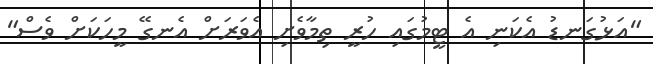
"އަޅުގަނޑު އެކަނި އެ ޓީމުގައި ހުރީ ތިމާވެށި އެވަރަށް އެނގޭ މީހަކަށް ވެސް"